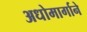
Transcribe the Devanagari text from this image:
अधोमार्गाने